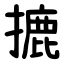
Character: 摝